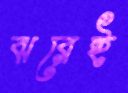
ঝরেই